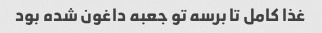
غذا کامل تا برسه تو جعبه داغون شده بود